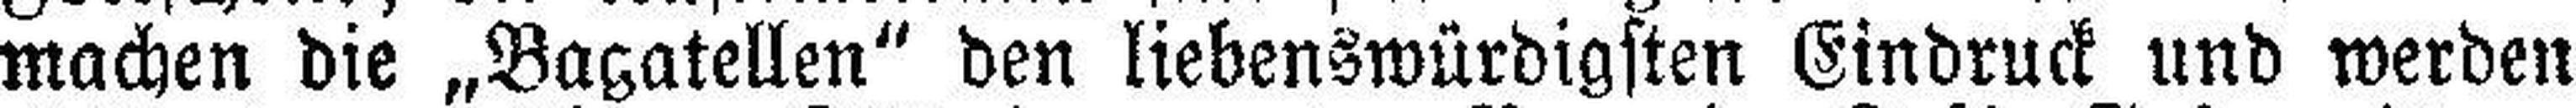
machen die „Bagatellen“ den liebenswürdigsten Eindruck und werden